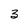
Character: 3